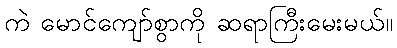
ကဲ မောင်ကျော်စွာကို ဆရာကြီးမေးမယ်။